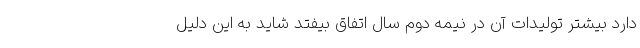
دارد بیشتر تولیدات آن در نیمه دوم سال اتفاق بیفتد شاید به این دلیل